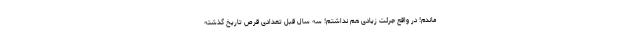
ماندم! در واقع جرئت زیادی هم نداشتم! سه سال قبل تعدادی قرص تاریخ گذشته